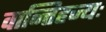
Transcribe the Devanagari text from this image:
वान्तिहज्यः